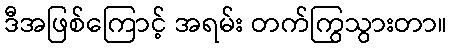
ဒီအဖြစ်ကြောင့် အရမ်း တက်ကြွသွားတာ။